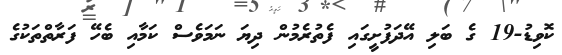
ކޮވިޑު-19 ގެ ބަލި އޭދަފުށީގައި ފެތުރެމުން ދިޔަ ނަމަވެސް ކަމާއި ބެހޭ ފަރާތްތަކުގެ